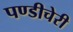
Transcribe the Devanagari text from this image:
पण्डीचेरी